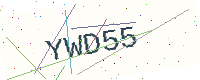
Text: YWD55